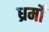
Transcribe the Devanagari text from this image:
ध्रर्मों